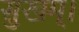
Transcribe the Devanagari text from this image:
सुखम्।